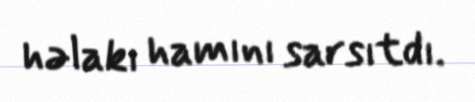
həlakı hamını sarsıtdı.